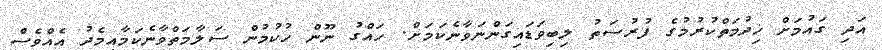
އަދި ގައުމަށް ޚިދުމަތްކުރުމުގެ ފުރުސަތު ލިބިވަޑައިގަންނަވާނެކަމަށް. ހައްގު ނޫން ހުކުމުން ސަލާމަތްވާނެކަމާއިމެދު އެއްވެސް